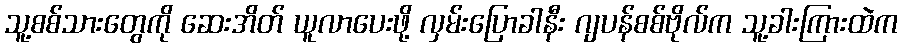
သူ့စစ်သားတွေကို ဆေးအိတ် ယူလာပေးဖို့ လှမ်းပြောခါနီး ဂျပန်စစ်ဗိုလ်က သူ့ခါးကြားထဲက